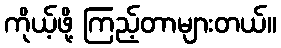
ကိုယ့်ဖို့ ကြည့်တာများတယ်။